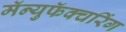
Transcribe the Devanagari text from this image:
मॅन्युफॅक्‍चरिंग